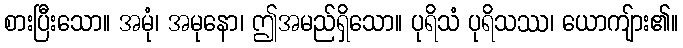
စားပြီးသော။ အမုံ၊ အမုနော၊ ဤအမည်ရှိသော။ ပုရိသံ ပုရိသဿ၊ ယောကျ်ား၏။